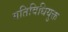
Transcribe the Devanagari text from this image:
गतिविधियुक्त